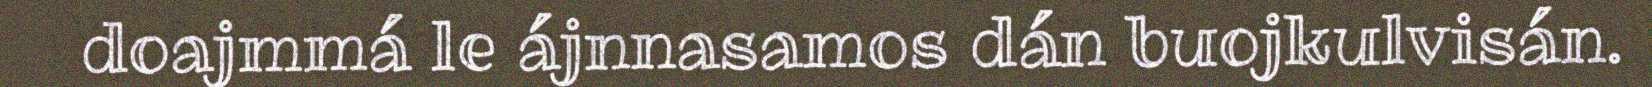
doajmmá le ájnnasamos dán buojkulvisán.